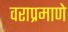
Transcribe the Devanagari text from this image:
वराप्रमाणे